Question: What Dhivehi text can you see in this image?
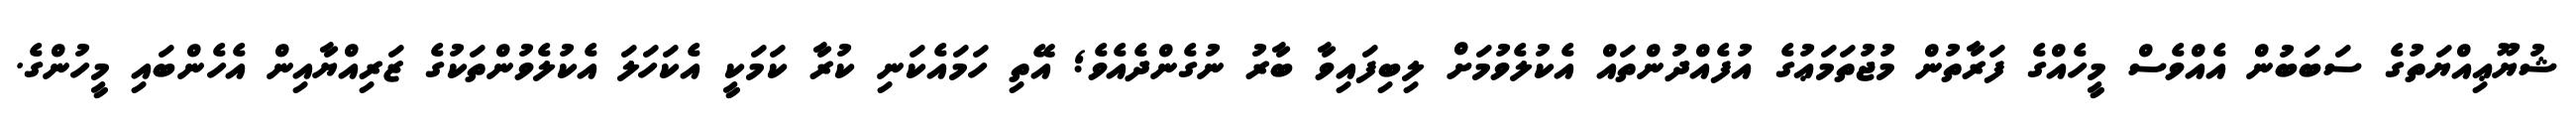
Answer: ޝުޔޫޢިއްޔަތުގެ ސަބަބުން އެއްވެސް މީހެއްގެ ފަރާތުން މުޖުތަމަޢުގެ އުފެއްދުންތައް އެކުލެވުމަށް ލިބިފައިވާ ބާރު ނުގެންދެއެވެ; އޭތި ހަމައެކަނި ކުރާ ކަމަކީ އެކަހަލަ އެކުލެވުންތަކުގެ ޒަރިއްޔާއިން އެހެންބައި މީހުންގެ.